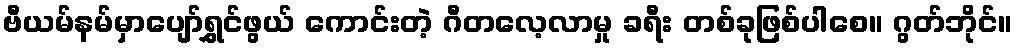
ဗီယမ်နမ်မှာပျော်ရွှင်ဖွယ် ကောင်းတဲ့ ဂီတလေ့လာမှု ခရီး တစ်ခုဖြစ်ပါစေ။ ဂွတ်ဘိုင်။